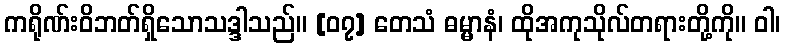
ကရိုဏ်းဝိဘတ်ရှိသောသဒ္ဒါသည်။ [၀၇] တေသံ ဓမ္မာနံ၊ ထိုအကုသိုလ်တရားတို့ကို။ ဝါ၊